Lunatic asylums Bombay report 1891-1903 - 1891-1903
Year: 1891
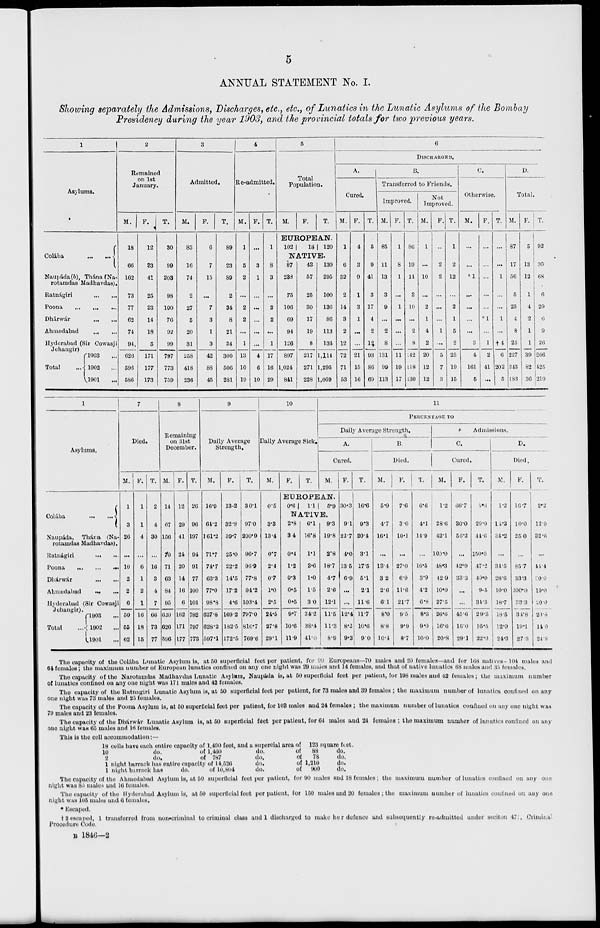
5
ANNUAL STATEMENT No. I.
Showing separately the Admissions, Discharges, etc., etc., of Lunatics in the Lunatic Asylums of the Bombay
Presidency during the year 1903, and the provincial totals for two previous years.
1
Asylums.
Colába
...
...
Naupáda (b), Thána (Na-
rotamdas Madhavdas).
Ratnágiri
...
...
Poona
...
...
...
Dhárwár
...
...
Ahmedabad
...
...
Hyderabad (Sir Cowasji
Jehangir)
Total
...
1903 ...
1902 ...
1901 ...
2
Remained
on 1st
January.
M.
18
66
162
73
77
62
74
94
626
596
586
F.
12
33
41
25
23
14
18
5
171
177
173
T.
30
99
203
98
100
76
92
99
797
773
759
3
Admitted.
M.
83
16
74
2
27
5
20
31
258
418
236
F.
6
7
15
...
7
3
1
3
42
88
45
T.
89
23
89
2
34
8
21
34
300
506
281
4
Re-admitted.
M.
1
5
2
...
2
2
...
1
13
10
19
F.
...
3
1
...
...
...
...
...
4
6
10
T.
1
8
3
...
2
2
...
1
17
16
29
5
Total
Population.
M.
F.
T.
EUROPEAN.
102
18
120
NATIVE.
87
233
75
106
69
94
126
897
1,024
841
43
57
25
30
17
19
8
217
271
228
130
295
100
136
86
113
134
1,114
1,295
1,069
6
DISCHARGED.
A.
Cured.
M.
1
6
32
2
14
3
2
12
72
71
53
F.
4
3
9
1
3
1
...
...
21
15
16
T.
5
9
41
3
17
4
2
12
93
86
69
B.
Transferred to Friends.
Improved.
M.
85
11
13
3
9
...
2
8
131
99
113
F.
1
8
1
...
1
...
...
...
11
19
17
T.
86
19
14
3
10
...
2
8
142
118
130
Not
Improved.
M.
1
...
10
...
2
1
4
2
20
12
12
F.
...
2
2
...
...
...
1
...
5
7
3
T.
1
2
12
...
2
1
5
2
25
19
15
C.
Otherwise.
M.
...
...
1
...
...
...
...
3
4
161
5
F.
...
...
...
...
...
*1
...
1
2
41
...
T.
...
...
1
...
...
1
...
† 4
6
202
5
D.
Total.
M.
87
17
56
5
25
4
8
25
227
343
183
F.
5
13
12
1
4
2
1
1
39
82
36
T.
92
30
68
6
29
6
9
26
266
425
219
1
Asylums.
Colába
...
...
Naupáda,
Thána (Na-
rotamdas Madhavdas).
Ratnágiri
...
...
Poona
...
...
...
Dhárwár ... ...
Ahmedabad ... ...
Hyderabad (Sir Cowasji
Jehangir).
Total
...
1903 ...
1902 ...
1901 ...
7
Died.
M.
1
3
26
...
10
2
2
6
50
55
62
F.
1
1
4
...
6
1
2
1
16
18
15
T.
2
4
30
...
16
3
4
7
66
73
77
8
Remaining
on 31st
December.
M.
14
67
156
70
71
63
84
95
620
626
596
F.
12
29
41
24
20
14
16
6
162
171
177
T.
26
96
197
94
91
77
100
101
782
797
773
9
Daily Average
Strength,
M.
16.9
64.2
161.2
71.7
74.7
63.3
77.0
98.8
627.8
628.2
597.1
F.
13.2
32.8
39.7
25.0
22.2
14.5
17.2
4.6
169.2
182.5
172.5
T.
30.1
97.0
200.9
96.7
96.9
77.8
94.2
103.4
797.0
810.7
769.6
10
Daily Average Sick.
M.
0.5
3.3
13.4
0.7
2.4
0.7
1.0
2.5
24.5
27.8
29.1
F.
T.
11
PERCENTAGE
TO
Daily Average Strength.
A.
Cured.
M.
EUROPEAN.
0.6
1.1
5.9
NATIVE.
2.8
3.4
0.4
1.2
0.3
0.5
0.5
9.7
10.6
11.9
6.1
16.8
1.1
3.6
1.0
1.5
3.0
34.2
38.4
41.0
9.3
19.8
2.8
18.7
4.7
2.6
12.1
11.5
11.3
8.9
F.
30.3
9.1
22.7
4.0
13.5
6.9
...
...
12.4
8.2
9.3
T.
16.6
9.3
20.4
3.1
17.5
5.1
2.1
11.6
11.7
10.6
9.0
B
Died.
M.
5.9
4.7
16.1
...
13.4
3.2
2.6
6.1
8.0
8.8
10.4
F.
7.6
3.0
10.1
...
27.0
6.9
11.6
21.7
9.5
9.9
8.7
T.
6.6
4.1
14.9
...
16.5
3.9
4.2
6.8
8.3
9.0
10.0
Admissions.
C
Cured.
M.
1.2
28.6
42.1
100.0
48.3
42.9
10.0
37.5
26.6
16.6
20.8
F.
66.7
30.0
56.2
...
42.9
33.3
...
...
45.6
16.0
29.1
T.
6.6
29.0
44.6
150.0
17.2
40.0
9.5
34.3
29.3
16.5
22.0
D.
Died.
M.
1.2
14.3
34.2
...
34.5
28.6
10.0
18.7
18.5
12.9
24.3
F.
16.7
10.0
25.0
...
85.7
33.3
200.0
33.3
34.8
19.1
27.3
T.
2.2
12.9
32.6
...
44.4
20.0
19.0
20.0
20.8
14.0
24.8
The capacity of the Colába Lunatic Asylum is, at 50 superficial feet per patient, for 90 Europeans—70 males and 20 females—and for 168 natives—104 males and
64 females; the maximum number of European lunatics confined on any one night was 29 males and 14 females, and that of native lunatics 68 males and 35 females.
The capacity of the Narotamdas Madhavdas Lunatic Asylum, Naupáda is, at 50 superficial feet per patient, for 198 males and 42 females; the maximum number
of lunatics confined on any one night was 171 males and 42 females.
The capacity of the Ratnagiri Lunatic Asylum is, at 50 superficial feet per patient, for 73 males and 39 females ; the maximum number of lunatics confined on any
one night was 73 males and 25 females.
The capacity of the Poona Asylum is, at 50 superficial feet per patient, for 103 males and 24 females ; the maximum number of lunatics confined on any one night was
79 males and 23 females.
The capacity of the Dhárwár Lunatic Asylum is, at 50 superficial feet per patient, for 64 males and 24 females; the maximum number of lunatics confined on any
one night was 65 males and 16 females.
This is the cell accommodation:—
18
10
2
1
1
cells have each entire capacity of
do.
of
do.
of
night barrack has entire capacity
night barrack has
do.
1,490 feet,
1,460
787
of 14,526
of 10,804
and a supereial area
do.
do.
do.
do.
of
123 square feet.
of
88
of
78
of 1,210
of
900
do.
do.
do.
do.
The capacity of the Ahmedabad Asylum is, at 50 superficial feet per patient, for 90 males and 18 females; the maximum number of lunatics confined on any one
night was 8.i males and 16 females.
The capacity of the Hyderabad Asylum is, at 50 superficial feet per patient, for 150 males and 20 females ; the maximum number of lunatics confined on any one
night was 105 males and 6 females.
* Escaped.
† 2 escaped, 1 transferred from non-criminal to criminal class and discharged to make her defence and subsequently re-admitted under seciton 471, Criminal
Procedure Code.
B 1846—2